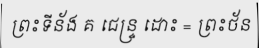
ព្រះទីន័ង គ ជេន្ទ្រ ដោះ = ព្រះថ័ន